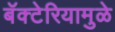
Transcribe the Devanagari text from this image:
बॅक्टेरियामुळे